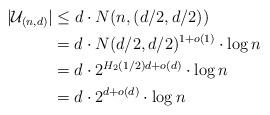
LaTeX: \begin{align*}|\mathcal{U}_{(n,d)}| &\leq d\cdot N(n,(d/2,d/2)) \\&= d\cdot N(d/2,d/2)^{1+o(1)}\cdot\log n \\&= d\cdot 2^{H_{2}(1/2)d+o(d)}\cdot\log n \\&= d\cdot 2^{d+o(d)}\cdot \log n \end{align*}